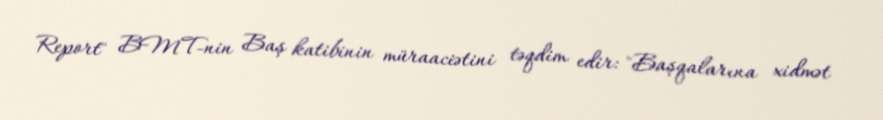
Report" BMT-nin Baş katibinin müraaciətini təqdim edir: "Başqalarına xidmət